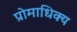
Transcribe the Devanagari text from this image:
प्रोमाधिक्य